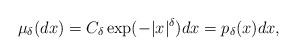
LaTeX: \begin{align*}\mu_\delta(dx) = C_\delta \exp(-|x|^\delta)dx =p_\delta(x)dx,\end{align*}